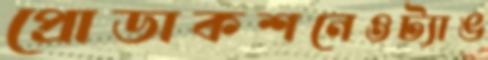
প্রোডাকশনেওট্যাঙ